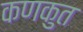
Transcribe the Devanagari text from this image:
कणकुत